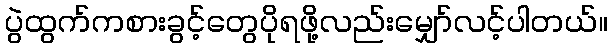
ပွဲထွက်ကစားခွင့်တွေပိုရဖို့လည်းမျှော်လင့်ပါတယ်။